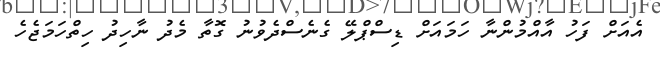
އެއަށް ފަހު އާއްމުންނާ ހަމައަށް ޑިސްޕްލޭ ގެނެސްދެވުނު ގޮތާ މެދު ނާހިދު ހިތްހަމަޖެހެ